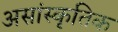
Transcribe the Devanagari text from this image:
असांस्कृतिक